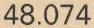
48.074